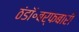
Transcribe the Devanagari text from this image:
ठंडॉ॰बर्फबारी